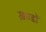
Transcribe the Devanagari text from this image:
ख़ण्डों